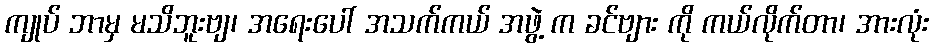
ကျုပ် ဘာမှ မသိဘူးဗျ၊ အရေးပေါ် အသက်ကယ် အဖွဲ့ က ခင်ဗျား ကို ကယ်လိုက်တာ၊ အားလုံး